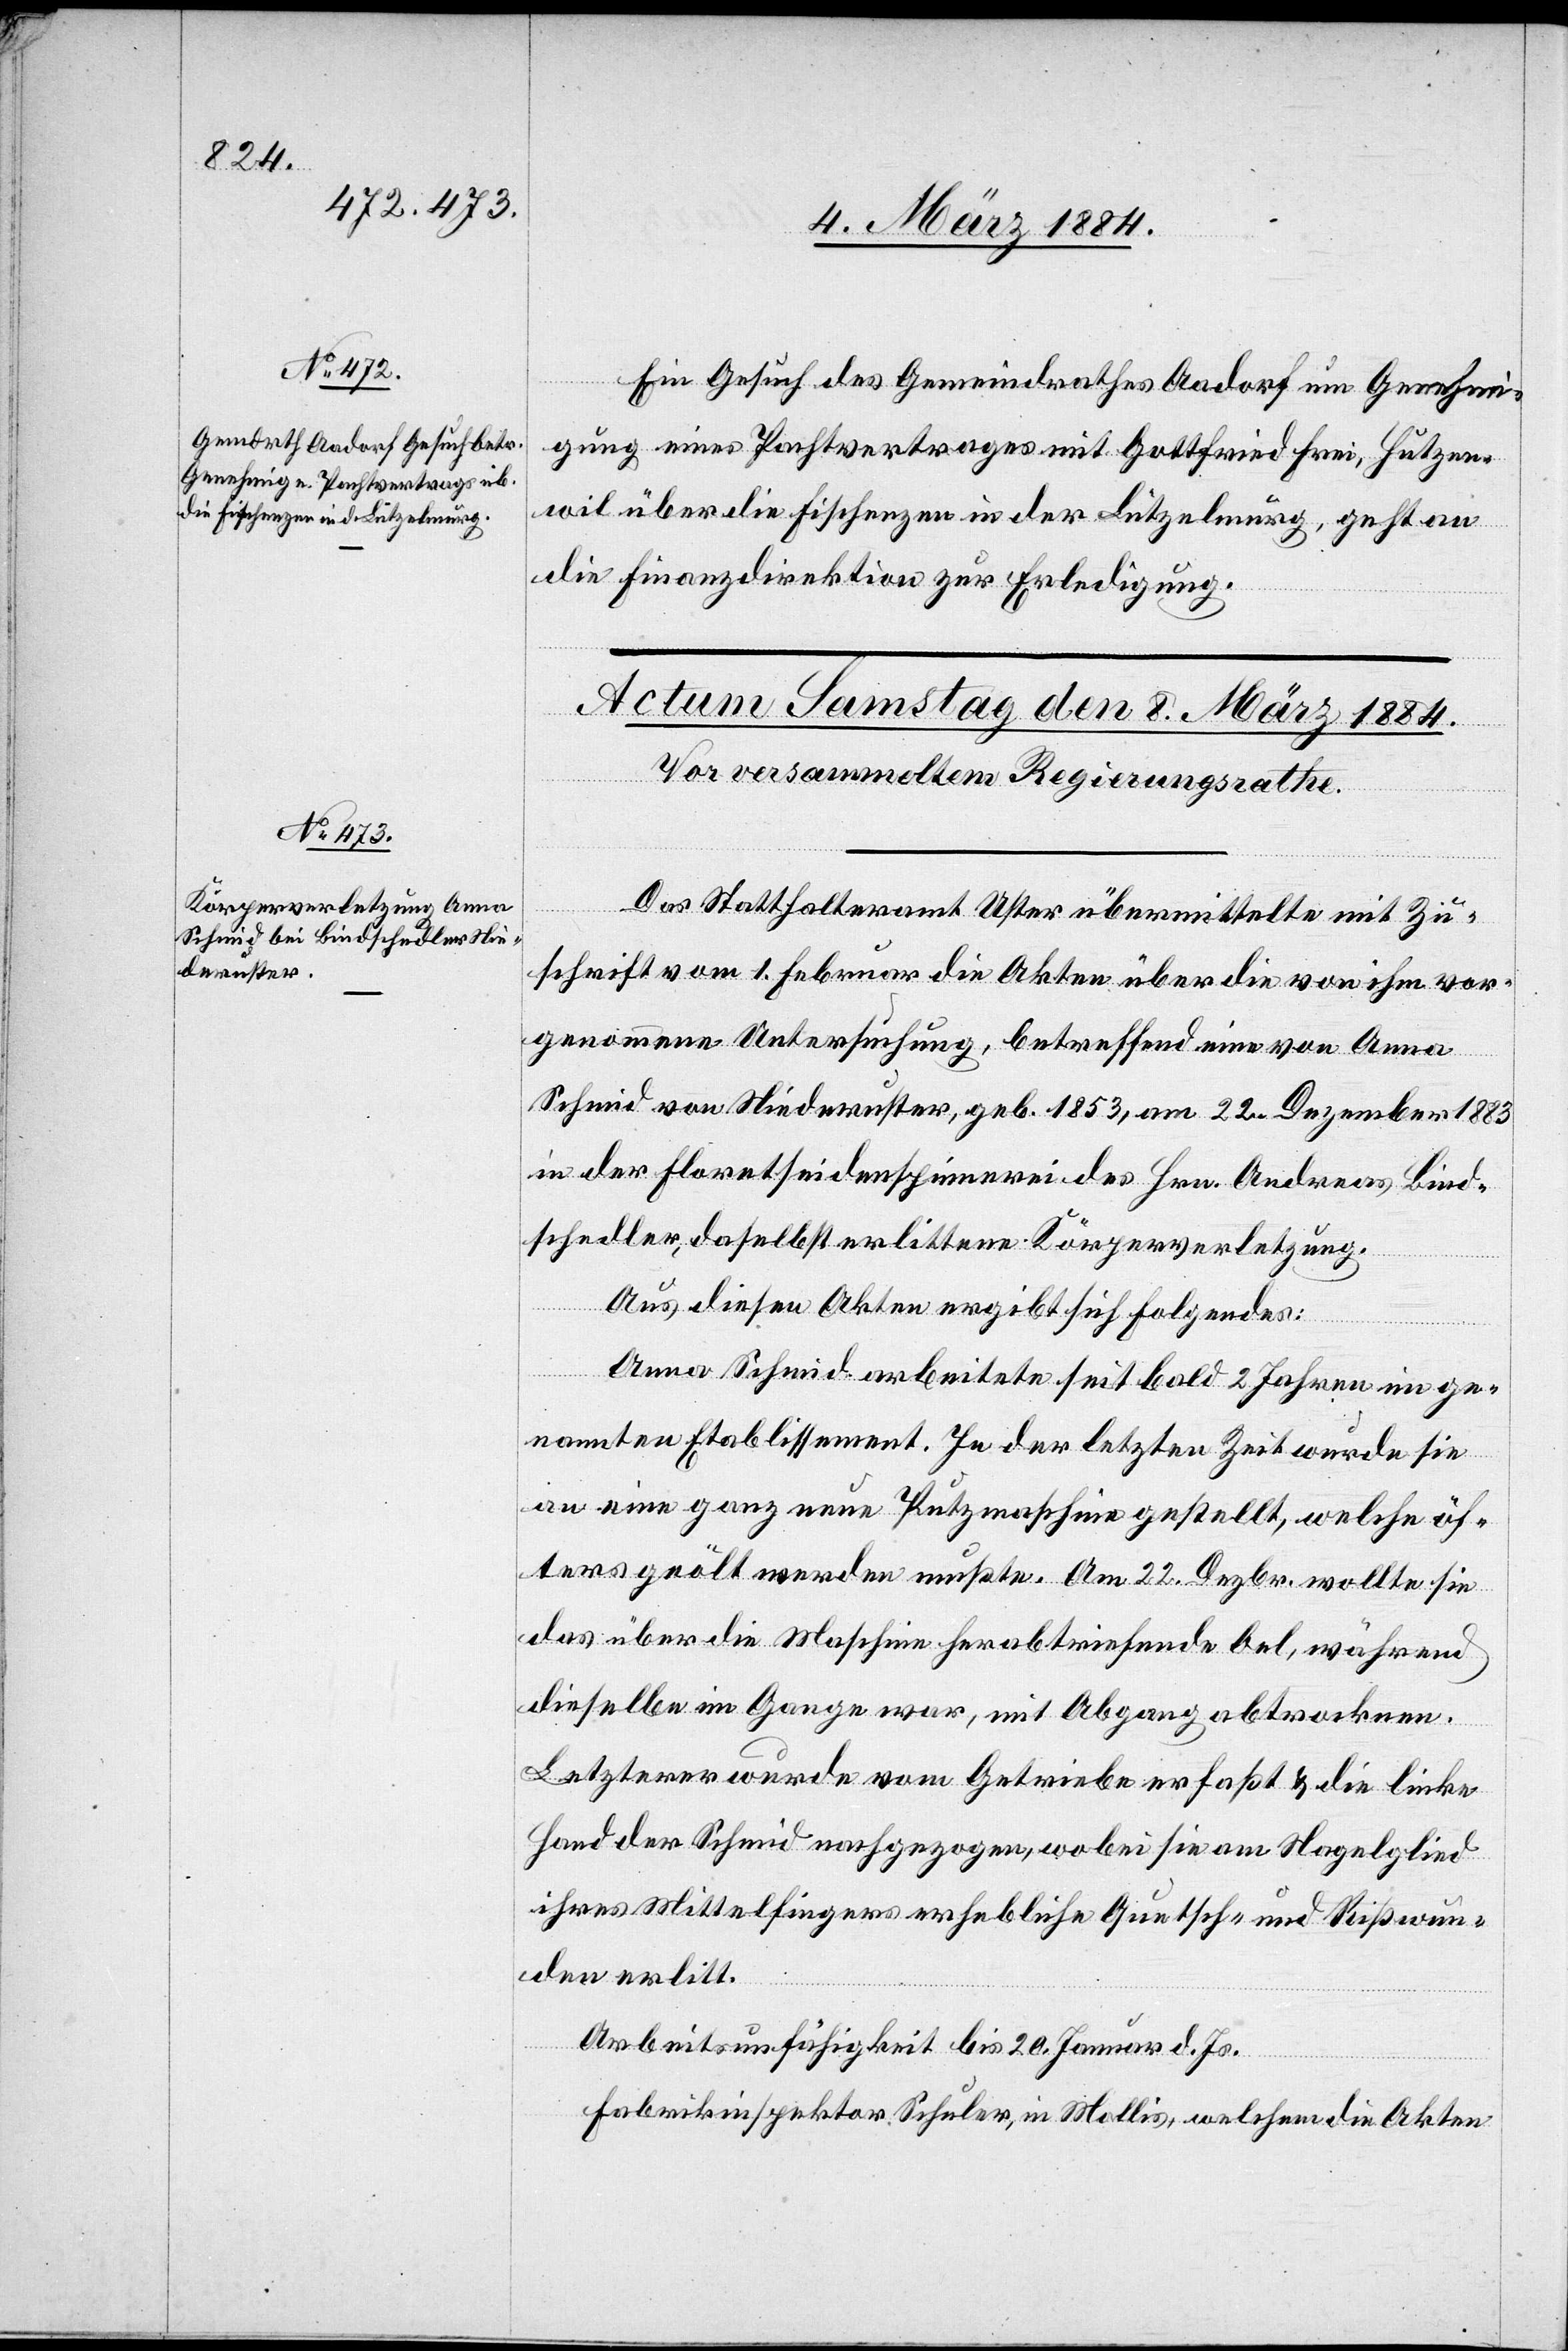
7. März 1884.]
Ein Gesuch des Gemeindrathes Aadorf um Genehmi¬
gung eines Pachtvertrages mit Gottfried Frei, Hutzen¬
wil über die Fischenzen in der Lützelmurg, geht an
die Finanzdirektion zur Erledigung.
Das Statthalteramt Uster übermittelte mit Zu¬
schrift vom 1. Februar die Akten über die von ihm vor¬
genommene Untersuchung, betreffend eine von Anna
Schmid von Niederuster, geb. 1853, am 22. Dezember 1883
in der Floretseidenspinnerei des Hrn. Andreas Bind¬
schedler, daselbst erlittene Körperverletzung.
Aus diesen Akten ergibt sich Folgendes:
Anna Schmid arbeitete seit bald 2 Jahren im ge¬
nannten Etablissement. In der letzten Zeit wurde sie
an eine ganz neue Putzmaschine gestellt, welche öf¬
ters geölt werden mußte. Am 22. Dezbr. wollte sie
das über die Maschine herabtriefende Oel, während
dieselbe im Gange war, mit Abgang abtrocknen.
Letztere wurde vom Getriebe erfaßt & die linke
Hand der Schmid nachgezogen, wobei sie am Nagelglied
ihres Mittelfingers erhebliche Quetsch- und Reißwun¬
den erlitt.
Arbeitsunfähigkeit bis 20. Januar d. Js.
Fabrikinspektor Schuler, in Mollis, welchem die Akten